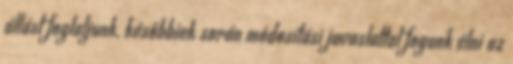
állást foglaljunk, későbbiek során módosítási javaslattal fogunk élni az